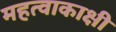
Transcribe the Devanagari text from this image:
महत्वाकाक्षी